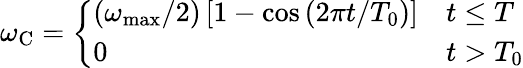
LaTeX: \begin{array}{r}{\omega_{\mathrm{C}}=\left\{ \begin{array}{ll}{\left(\omega_{\mathrm{max}}/2\right)\left[1-\cos\left(2\pi t/T_{0}\right)\right]}&{t\leq T}\\ {0}&{t>T_{0}}\end{array}\right.}\end{array}